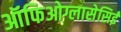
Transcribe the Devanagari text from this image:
ऑफिओग्लासेसिई